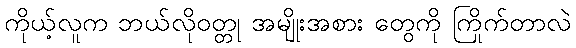
ကိုယ့်လူက ဘယ်လိုဝတ္တု အမျိုးအစား တွေကို ကြိုက်တာလဲ